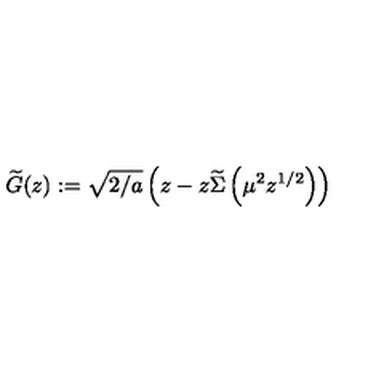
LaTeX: \widetilde { G } ( z ) : = \sqrt { 2 / a } \left( z - z \widetilde \Sigma \left( \mu ^ { 2 } z ^ { 1 / 2 } \right) \right)